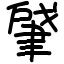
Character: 肈